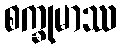
စက္ခုမာဿ